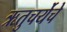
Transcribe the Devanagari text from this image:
ऋतुचर्येचे